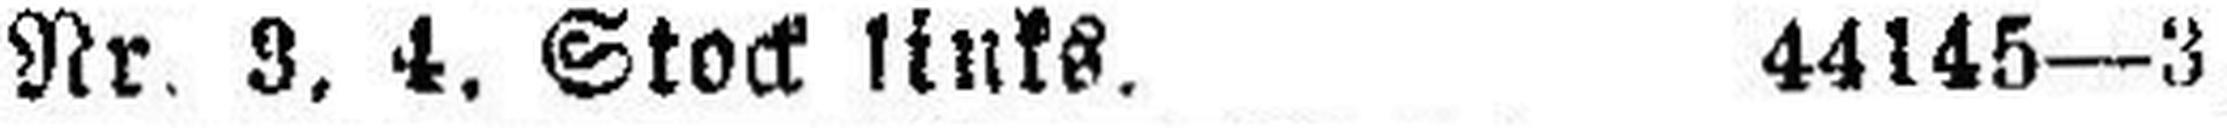
Nr. 3, 4. Stock links. 44145—3